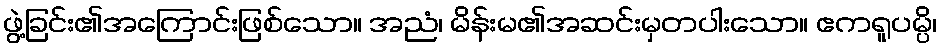
ဖွဲ့ခြင်း၏အကြောင်းဖြစ်သော။ အညံ၊ မိန်းမ၏အဆင်းမှတပါးသော။ ဧကရူပမ္ပိ၊